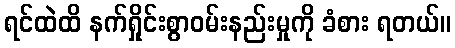
ရင်ထဲထိ နက်ရှိုင်းစွာဝမ်းနည်းမှုကို ခံစား ရတယ်။